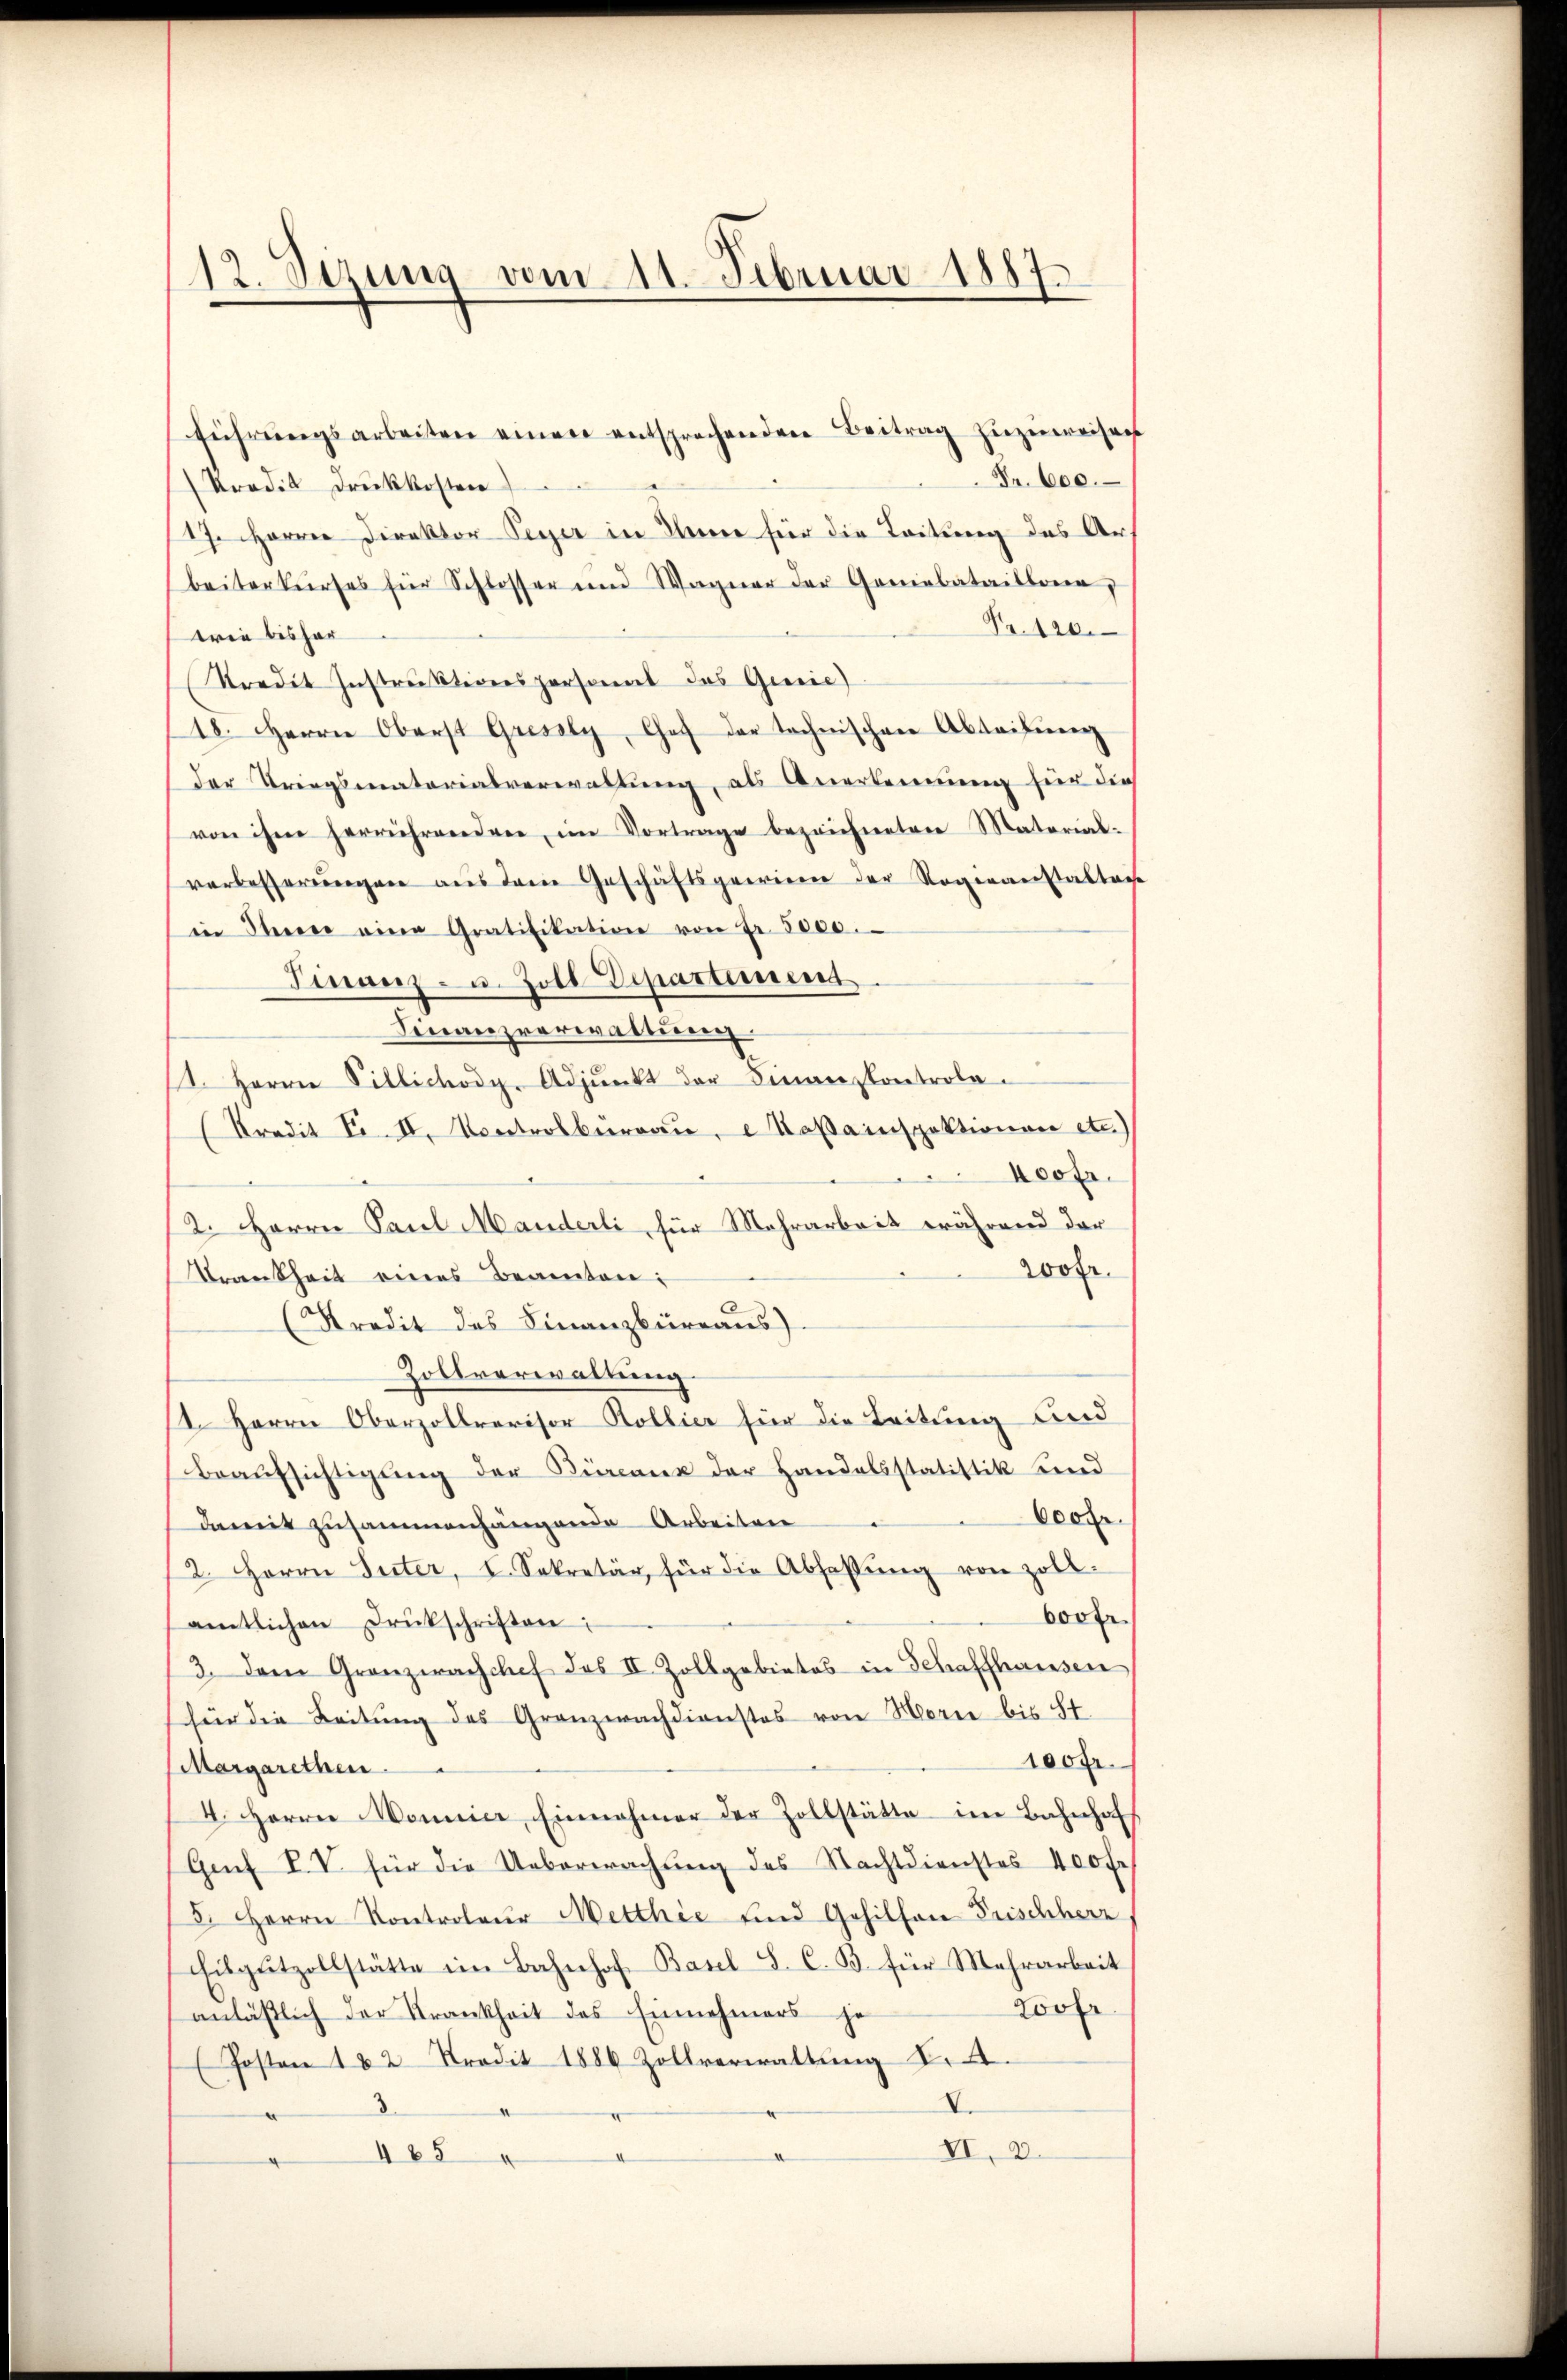
12. Sezung vom 11. Februar 1887

Fr. 600.
Krodik Druckkosten
17. Harrer Direktor Peyer in Anne für die Leitung des Aus
beiterkurses für Schlosser und Wagner der Geniebataillonen,
Fr. 120.
trie bisher
Kredit Instruktionspersonal das Genie
18. Herrn Oberst Gressly, Chef der technischen Abteifung
der Kriegsmatorialverwaltung, als Anerkennung für dies
von ihm herrührenden, im Vortrage bezeichneten Material-
verbesserungen aus dem Geschäftsgerien der Regieanstaltene
in Ihrerer eine Gratifikation von Fr. 5000.
Finanz- u. Zoll Departemend
Finanzverwaltung
1. Herrn Billichody, Adjunkt der Finanzkontrola-
(Kredit Fr. II. Kontrolburgau, Kastainspektionen etc.)
400fr.
2. Herrn Paul Manderli, für Mehrarbeit während der
200fr.
Krankheit eines Beamten:
(Kredit des Finanzbüreaŭs).
Zollverwaltung.
1. Herrn Oberzollrevisor Kollier für die Leitung und
Beaŭfsichtigŭng der Büreaux der Handelsstatistik und
6000
damit zusammenhängende Arbeiten
2. Herrn Suter, I. Sekretär für die Abfassŭng von Zoll-
600 Fr
amtlichen Drukschriften:
3. Dann Granzwachchef des II. Zollgebietes in Schaffhausen
für die Leitung des Granzwachdienstes von Horne bis St
100 Fr.
Margarethen.
4. Herrer Wonnice, Einnahmer der Zollstätte im Bahnhof
Grf VV für die Ueberwachŭng des Nachtdienstes 400 fr
5. Herrn Kontroleur Metthie und Gehilfen Frischherz
Eilputzollstätte im Bahnhof, Basel S. C. B. für Mehrarbeit
Loor
anlässlich der Krankheit des Einnehmers je
(Posten 182. Tradit 1886 Zollverwaltung ..
I.
3
VI. 2.
185

führŭngsarbeiten einen entsprechenden Beitrag zuzuweisen